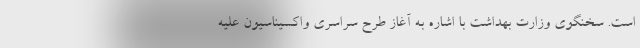
است. سخنگوی وزارت بهداشت با اشاره به آغاز طرح سراسری واکسیناسیون علیه